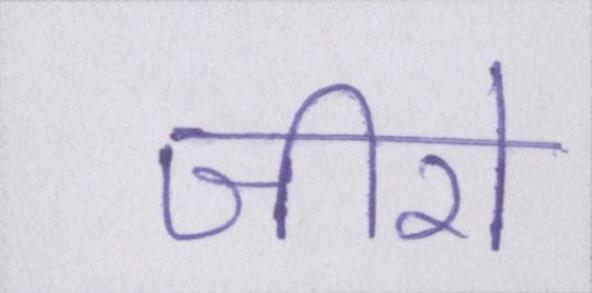
जीरो